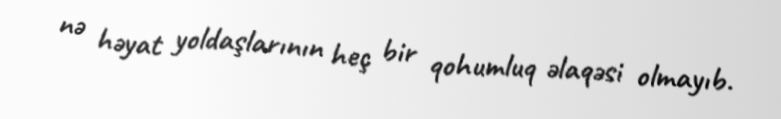
nə həyat yoldaşlarının heç bir qohumluq əlaqəsi olmayıb.